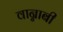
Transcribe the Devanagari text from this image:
वान्नाबी